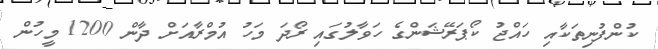
ކުންފުނިތަކާއި ހައްޖު ކޯޕަރޭޝަންގެ ހަވާލުގައި ރޯދަ މަހު އުމްރާއަށް ދާން 1200 މީހުން